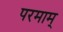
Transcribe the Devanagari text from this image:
परमाम्